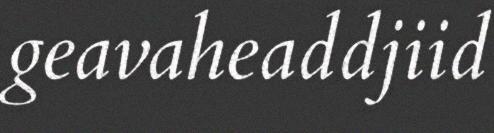
geavaheaddjiid